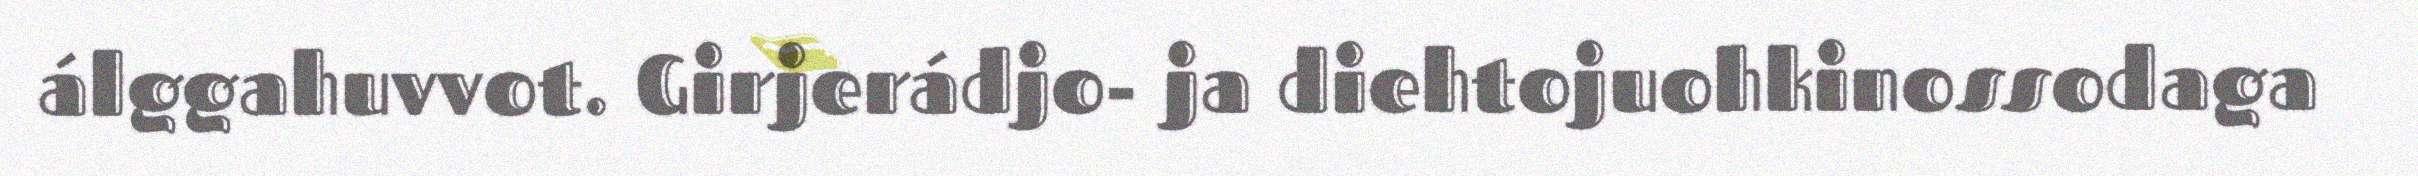
álggahuvvot. Girjerádjo- ja diehtojuohkinossodaga